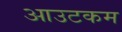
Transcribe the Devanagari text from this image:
आउटकम